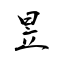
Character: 昱